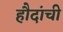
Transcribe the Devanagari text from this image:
हौदांची